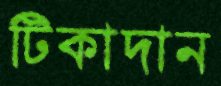
টিকাদান